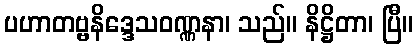
ပဟာတဗ္ဗနိဒ္ဒေသဝဏ္ဏနာ၊ သည်။ နိဋ္ဌိတာ၊ ပြီ။